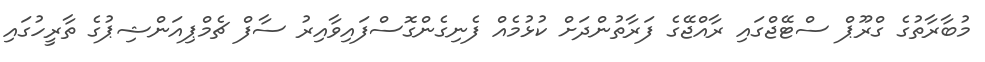
މުބާރާތުގެ ގްރޫޕް ސްޓޭޖްގައި ރާއްޖޭގެ ފަރާތުންދަށް ކުޅުމެއް ފެނިގެންގޮސްފައިވާއިރު ސާފް ޗެމްޕިއަންޝިޕުގެ ތާރީހުގައި